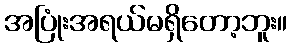
အပြုံးအရယ်မရှိတော့ဘူး။